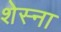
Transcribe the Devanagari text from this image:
शेस्ना